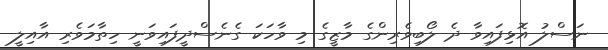
ނަސްލު އޮޅިފައިވާ ދެ ލޯބިވެރިންގެ މާޒީގެ މި ވާހަކަ ގެނެސްދީފައިވަނީ ހިތާމަވެރި އާއިލީ